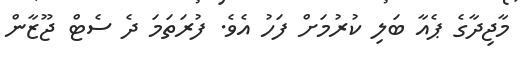
މާޖިދާގެ ޕެއާ ބަލި ކުރުމަށް ފަހު އެވެ. ފުރަތަމަ ދެ ސެޓް ޖޫޒާން